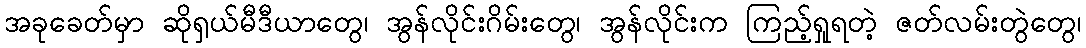
အခုခေတ်မှာ ဆိုရှယ်မီဒီယာတွေ၊ အွန်လိုင်းဂိမ်းတွေ၊ အွန်လိုင်းက ကြည့်ရှုရတဲ့ ဇတ်လမ်းတွဲတွေ၊